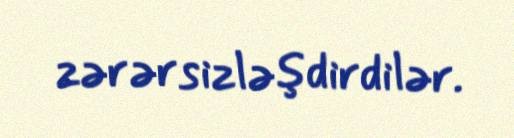
zərərsizləşdirdilər.